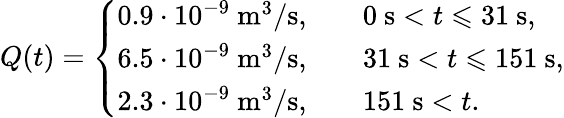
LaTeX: Q(t)=\left\{ \begin{array}{ll}{0.9\cdot 10^{-9}\mathrm{~m}^{3}/\mathrm{s},\quad}&{0\mathrm{~s}<t\leqslant 31\mathrm{~s},}\\ {6.5\cdot 10^{-9}\mathrm{~m}^{3}/\mathrm{s},\quad}&{31\mathrm{~s}<t\leqslant 151\mathrm{~s},}\\ {2.3\cdot 10^{-9}\mathrm{~m}^{3}/\mathrm{s},\quad}&{151\mathrm{~s}<t.}\end{array}\right.